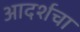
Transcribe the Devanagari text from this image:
आदर्शचा